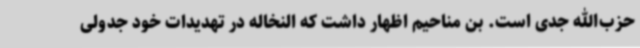
حزب‌الله جدی است. بن مناحیم اظهار داشت که النخاله در تهدیدات خود جدولی